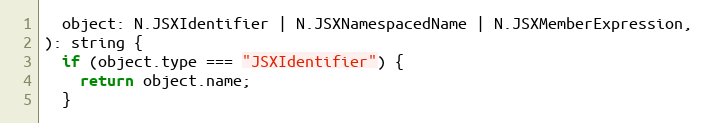
Language: JavaScript
  object: N.JSXIdentifier | N.JSXNamespacedName | N.JSXMemberExpression,
): string {
  if (object.type === "JSXIdentifier") {
    return object.name;
  }